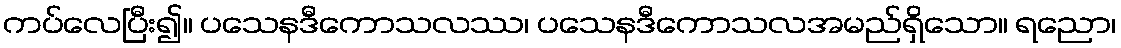
ကပ်လေပြီး၍။ ပသေနဒီကောသလဿ၊ ပသေနဒီကောသလအမည်ရှိသော။ ရညော၊